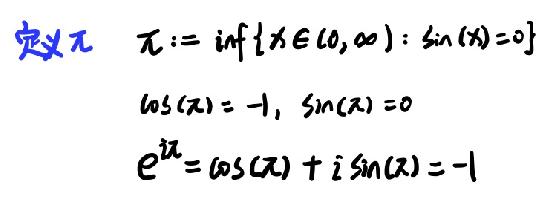
定义$\pi$ $\pi := \inf\{x\in[0,\infty): \sin(x) = 0\}$
$\cos(\pi)= - 1, \sin(\pi)=0$
$e^{i\pi}=\cos(\pi)+i\sin(\pi)= - 1$